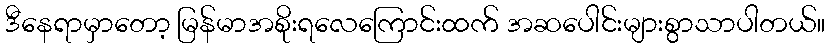
ဒီနေရာမှာတော့ မြန်မာအစိုးရလေကြောင်းထက် အဆပေါင်းများစွာသာပါတယ်။